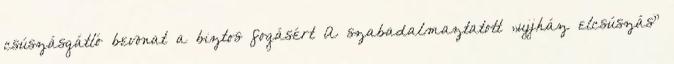
csúszásgátló bevonat a biztos fogásért A szabadalmaztatott „ujjház elcsúszás”